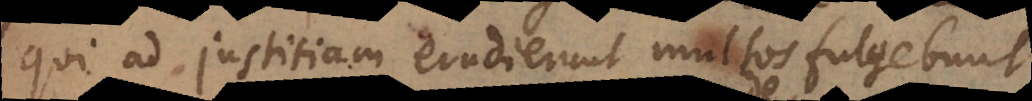
qui ad justitiam erudierunt multos fulgebunt